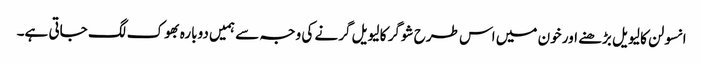
انسولن کا لیویل بڑھنے اور خون میں اس طرح شوگر کا لیویل گرنے کی وجہ سے ہمیں دوبارہ بھوک لگ جاتی ہے۔